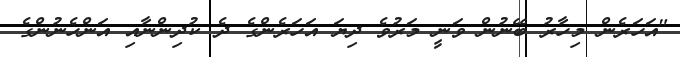
"އަހަރެން މިހާރު ބޭނުން ވަނީ މަރުވެ ދިޔަ އަހަރެންގެ ދެ ކުދިންނާއި އަންހެނުންގެ